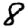
Digit: 8